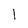
Character: l